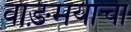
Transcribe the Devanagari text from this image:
वाङ़मयाचा